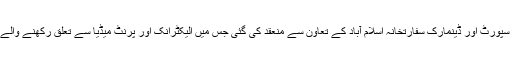
یہ ورکشاپ انٹرنیشنل میڈٰا سپورٹ اور ڈینمارک سفارتخانہ اسلام آباد کے تعاون سے منعقد کی گئی جس میں الیکٹرانک اور پرنٹ میڈیا سے تعلق رکھنے والے صحافیوں نے شرکت کی۔